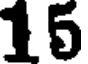
15